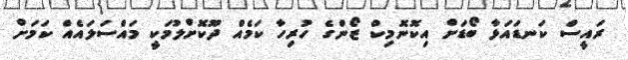
ރައީސް ކަނޑައަޅާ ބޯޑަށް އިކޮނޮމިކް ޒޯންގެ ހުރިހާ ކަމެއް ދޫކޮށްލުމަކީ މައްސަލައެއް ކަމަށް